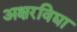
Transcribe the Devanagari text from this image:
अक्षरविद्या